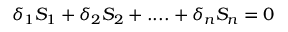
\delta _ { 1 } S _ { 1 } + \delta _ { 2 } S _ { 2 } + . . . . + \delta _ { n } S _ { n } = 0